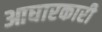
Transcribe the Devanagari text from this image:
आघारकारी